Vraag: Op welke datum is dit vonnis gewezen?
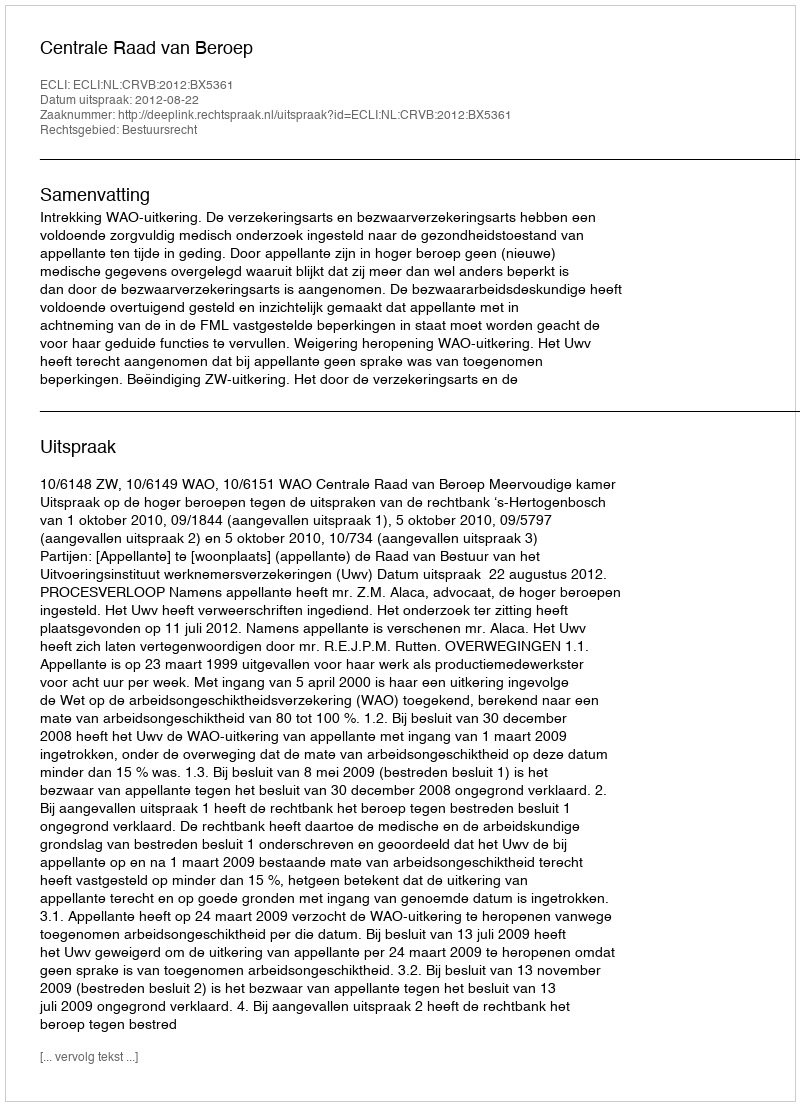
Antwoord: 2012-08-22